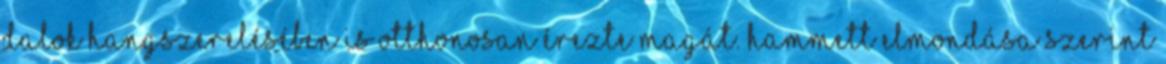
dalok hangszerelésében is otthonosan érezte magát. Hammett elmondása szerint